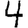
Digit: 4